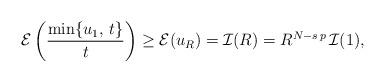
LaTeX: \begin{align*}\mathcal{E}\left(\frac{\min\{u_1,\,t\}}{t}\right)\geq \mathcal{E}(u_R)=\mathcal{I}(R)=R^{N-s\,p}\,\mathcal{I}(1),\end{align*}